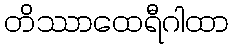
တိဿာထေရီဂါထာ